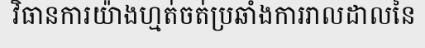
វិធានការយ៉ាងហ្មត់ចត់ប្រឆាំងការរាលដាលនៃ